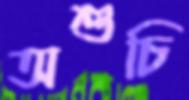
অশুচি